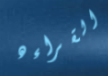
القراءه